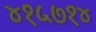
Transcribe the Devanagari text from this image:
४१५७१४